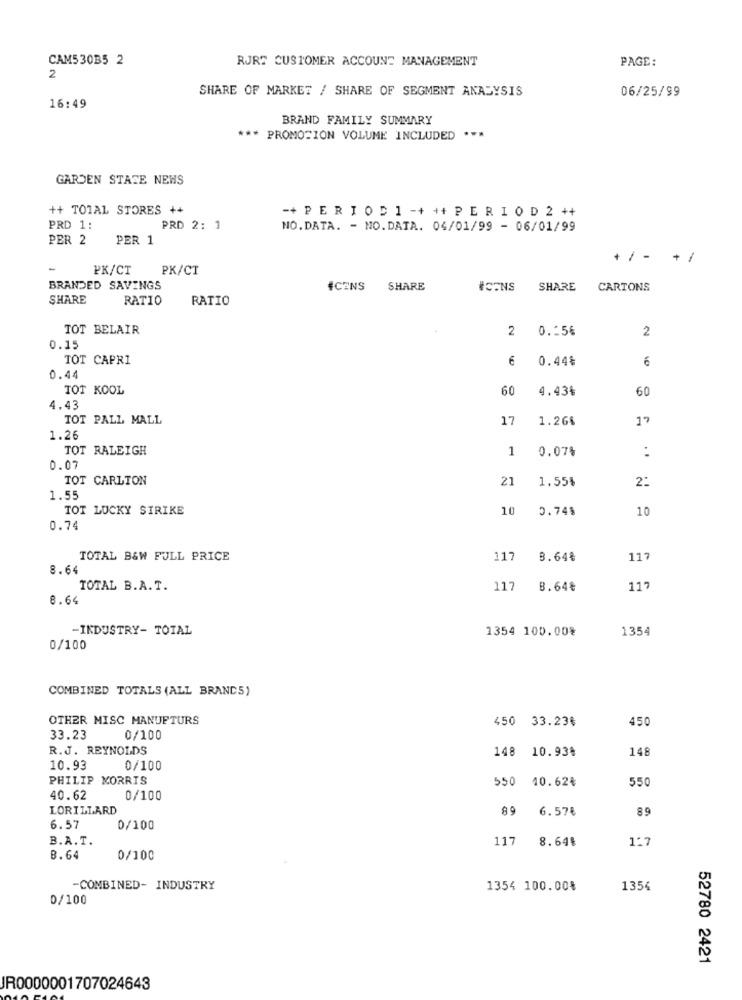
CAM530B5 2
RJRT CUSTOMER ACCOUNT MANAGEMENT
PAGE:
2
SHARE OF MARKET / SHARE OF SEGMENT ANALYSIS
06/25/99
16:49
BRAND FAMILY SUMMARY
*** PROMOTION VOLUME INCLUDED ***
GARDEN STATE NEWS
++ TOTAL STORES ++
-+ PERIOD 1 -+ ++ P E R I O D 2 ++
PRD 1:
PRD 2: 1
NO.DATA. - NO.DATA. 04/01/99 - 06/01/99
PER 2
PER 1
+ / - +/
-
PK/CT
PK/CT
BRANDED SAVINGS
#CENS
SHARE
#CONS
SHARE
CARTONS
SHARE
RATIO
RATIO
TOT BELAIR
2
0 .: 56
2
0.15
TOT CAPRI
0.44%
6
0.44
TOT KOOL
60
4.43%
60
4.43
TOT PALL MALL
17
1.26%
17
1.26
TOT RALEIGH
1 0.07%
:
0.07
TOT CARLTON
21
1.55%
2:
1.55
TOT LUCKY STRIKE
10
0.74%
10
0.74
TOTAL B&W FULL PRICE
117
3.64€
117
8.64
TOTAL B.A.T.
117
8.64€
117
8.64
-INDUSTRY- TOTAL
1354 100.00%
1354
0/100
COMBINED TOTALS (ALL BRANCS)
OTHER MISC MANUFTURS
450 33.23%
450
33.23
0/100
R.J. REYNOLDS
148
10.93%
148
10.93
0/100
PHILIP MORRIS
550 10.62₺
550
40.62
0/100
LORILLARD
89
6.57€
89
6.57
0/100
B.A. T.
117
8.64%
127
8.64
0/100
-COMBINED- INDUSTRY
1354 100.00%
1354
0/100
52780 2421
JR0000001707024643